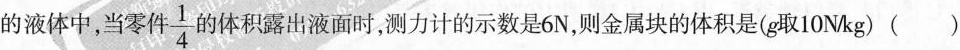
的液体中，当零件\frac{1}{4}体积露出液面时，测力计的示数是6N，则金属块的体积是(g取10N/kg)()